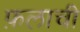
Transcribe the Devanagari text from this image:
फ़लाची